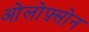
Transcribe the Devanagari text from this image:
ओलोफ़्सोन